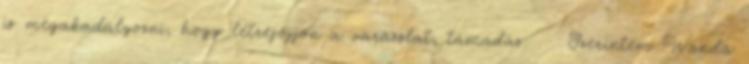
is megakadályozni, hogy létrejöjjön a varázslat, támadás. Szerintem Wanda